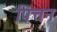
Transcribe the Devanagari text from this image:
पित्तन